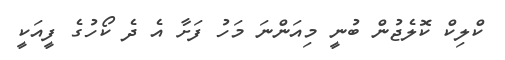
ކްލިކް ކޮލެޖުން ބުނީ މިއަންނަ މަހު ފަށާ އެ ދެ ކޯހުގެ ފީއަކީ